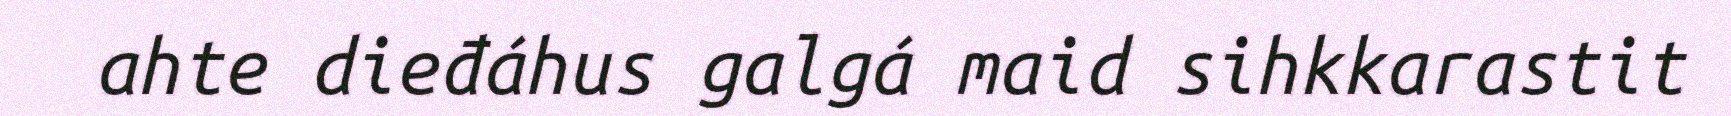
ahte dieđáhus galgá maid sihkkarastit